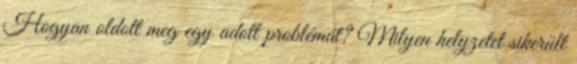
Hogyan oldott meg egy adott problémát? Milyen helyzetet sikerült